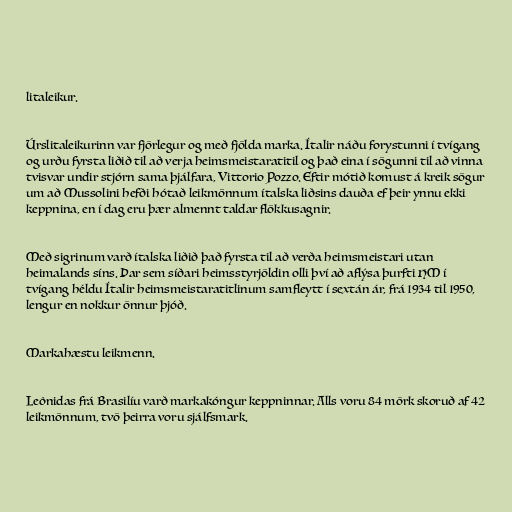
litaleikur.

Úrslitaleikurinn var fjörlegur og með fjölda marka. Ítalir náðu forystunni í tvígang
og urðu fyrsta liðið til að verja heimsmeistaratitil og það eina í sögunni til að vinna
tvisvar undir stjórn sama þjálfara, Vittorio Pozzo. Eftir mótið komust á kreik sögur
um að Mussolini hefði hótað leikmönnum ítalska liðsins dauða ef þeir ynnu ekki
keppnina, en í dag eru þær almennt taldar flökkusagnir.

Með sigrinum varð ítalska liðið það fyrsta til að verða heimsmeistari utan
heimalands síns. Þar sem síðari heimsstyrjöldin olli því að aflýsa þurfti HM í
tvígang héldu Ítalir heimsmeistaratitlinum samfleytt í sextán ár, frá 1934 til 1950,
lengur en nokkur önnur þjóð.

Markahæstu leikmenn.

Leônidas frá Brasilíu varð markakóngur keppninnar. Alls voru 84 mörk skoruð af 42
leikmönnum, tvö þeirra voru sjálfsmark.